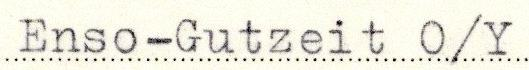
Enso-Gutzeit O/Y